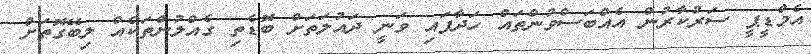
އެެމްޑީޕީ ސަރުކާރުން އެއްބަސްވުންތައް ހަދާފައި ވަނީ ދައުލަތަށް ބޮޑެތި ގެއްލުންތަކެއް ލިބޭގޮތަށް